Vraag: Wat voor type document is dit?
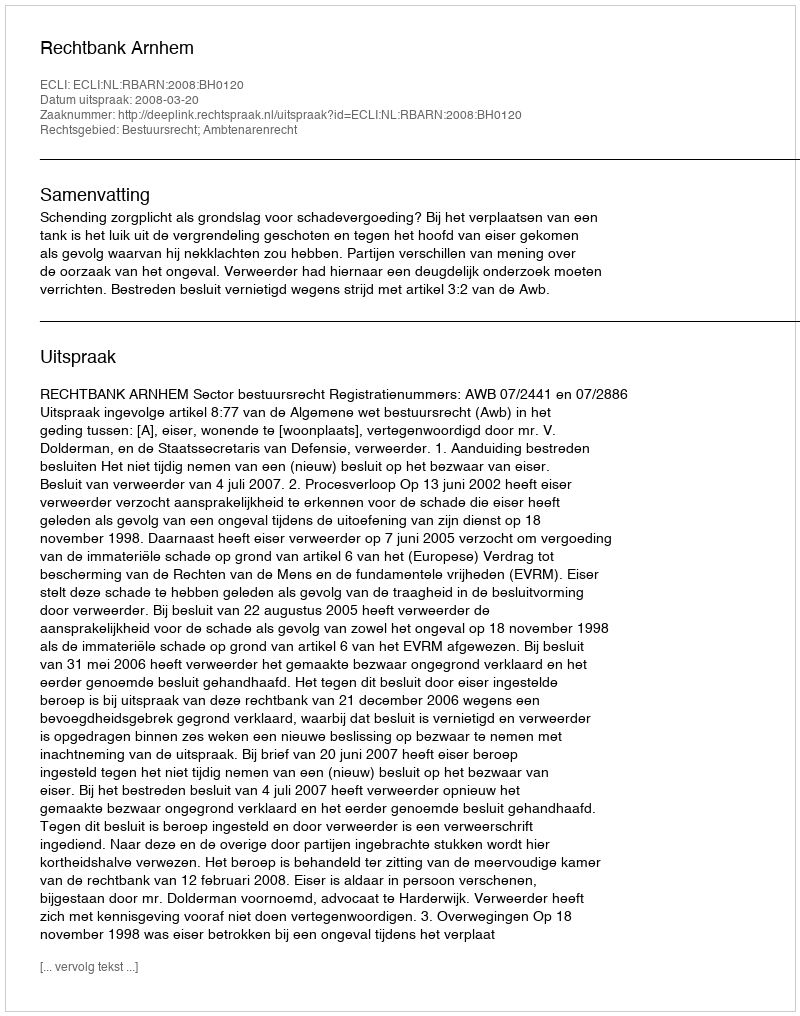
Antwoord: Uitspraak